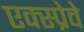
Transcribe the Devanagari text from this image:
एक्स्प्रेवे